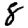
Digit: 8